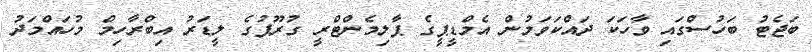
ބަޖެޓު ބަހުސްގައި ވާހަކަ ދައްކަވަމުން އެމްޑީޕީގެ ޕާލިމެންޓްރީ ގުރޫޕުގެ ލީޑަރު އިބްރާހިމް މުހައްމަދު